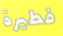
فطيرة